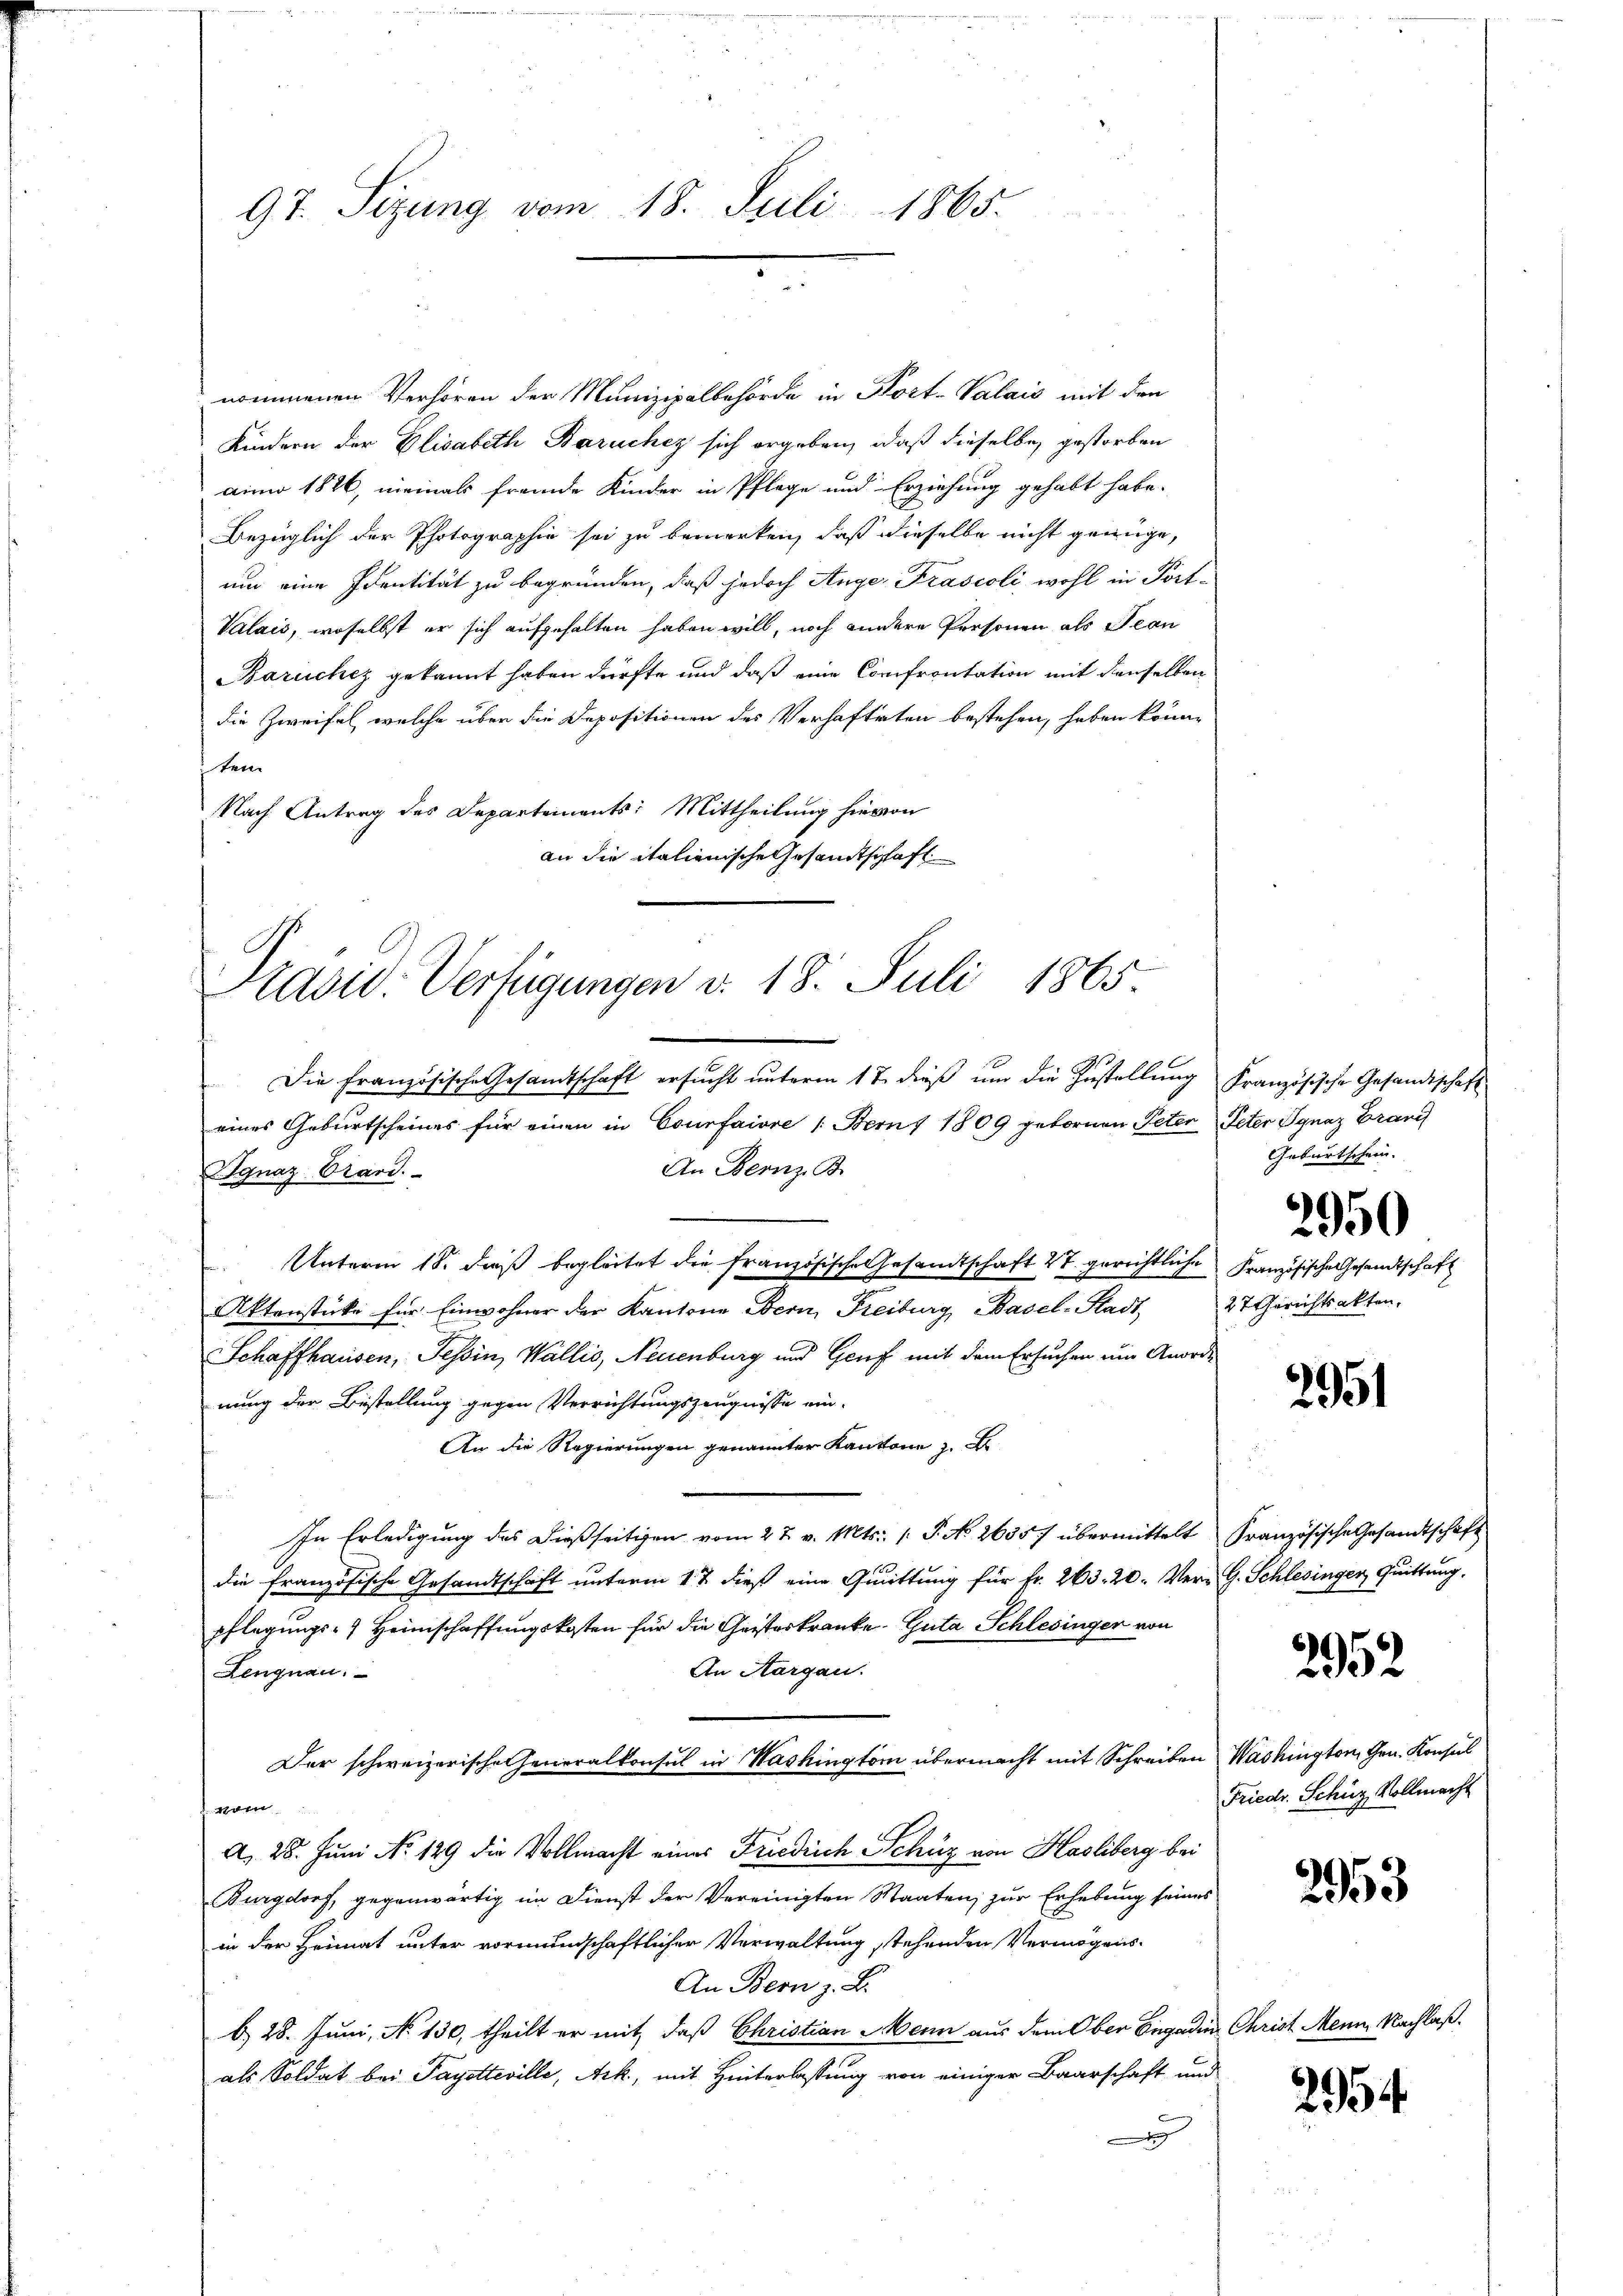
97. Sizung vom 18. Juli 1865.

nommenen Verhören der Munizipalbehörde in Kort-Valais mit den
Kindern der Elisabeth Baruchez sich ergeben, daß dieselbe gestorben
aini 1826, niemals fremde Kinder in Pflege und Erziehung gehabt habe.
Bezüglich der Photographie sei zu bemerken, daß dieselbe nicht genüge,
um eine Identität zu begründen, daß jedoch Ange- Prascoli wohl in Port-
Valais, woselbst er sich aufgehalten haben will, noch andere Personen als Jean
Baruchez gekannt haben dürfte und daß eine Confrontation mit denselben
die Zweifel, welche über die Depositionen des Verhafteten bestehen, haben könne
ten
Nach Antrag des Departements: Mittheilung hievon
an die italienische Gesandtschaft

Prasid. Verfügungen v. 18. Juli 1865
Die Französische Gesandtschaft ersucht unterm 17. dieß um die Zustellung französische Gesandtschaft

eines Geburtscheines für einen in Courfaiore /: Bern) 1809 gebornen Peter Peter Ignaz Brand
An Bernz. B.
Ignaz Stand.
Unterm 18. daß begleitet die französische Gesamtschaft 27. gerichtliche
Aktenstücke für Einwohner der Kantone Bern, Freiburg, Basel-Stadt 27 Gerichtsakten.
Schaffhausen, Tessin, Wallis, Neuenburg und Genf mit dem Ersuchen um Anordnung der Bestellung gegen Verrichtungszeugnisse ein-
An die Regierungen genannter Kantone z.
In Erledigung des dießseitigen vom 2 t v. Mts. 1. P. No 26357 übermittelt Französische Gesandtschaft
die französische Gesandtschaft unterm 1 t dieß eine Quittung für Fr. 263. 20. Vern G. Schlesinger, Quittung,
pflegungs- & Heimschaffungskosten für die Geisteskranke. Guta Schlesinger von
An Aargau.
Lengnau.
Der schweizerische Generalkonsul in Washingtorii übermacht mit Schreiben Washington, Gen. Konsul
vom
A. 28. Juni No 129 die Vollmacht eines Friedrich Schüz von Hasliberg bei
Burgdorf, gegenwärtig im Dienst der Vereinigten Staaten, zur Erhebung seines
in der Heimat unter vormundschaftlicher Verwaltung stehenden Vermögens¬
An Bern z. B.
b. 28. Juni, No 130, theilt er mit, daß Christian Mann aus dem Ober Engadin Christ Mein Nachlaß.
als Soldat bei Payetteville, Ack, mit Hinterlassung von einiger Baarschaft und

Geburtschein.

2950

Französische Gesandtschaft

2951

2952

Friedr. Schüz Vollmacht

2953

2954.